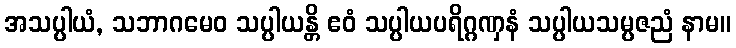
အသပ္ပါယံ, သဘာဂမေဝ သပ္ပါယန္တိ ဧဝံ သပ္ပါယပရိဂ္ဂဏှနံ သပ္ပါယသမ္ပဇညံ နာမ။